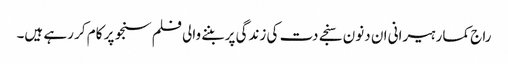
راج کمار ہیرانی ان دنون سنجے دت کی زندگی پر بننے والی فلم سنجو پر کام کر رہے ہیں۔